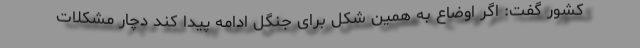
کشور گفت: اگر اوضاع به همین شکل برای جنگل ادامه پیدا کند دچار مشکلات